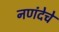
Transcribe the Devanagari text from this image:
नणंदेचे